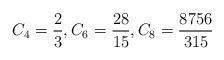
LaTeX: \begin{align*}C_4 = \frac{2}{3},C_6 = \frac{28}{15},C_8 = \frac{8756}{315}\end{align*}